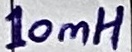
Text: 10mH